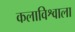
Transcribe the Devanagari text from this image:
कलाविश्वाला